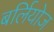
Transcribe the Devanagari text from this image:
बर्लियोज